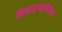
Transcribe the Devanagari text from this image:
विवाहपद्धतीतील